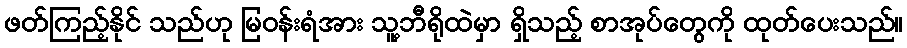
ဖတ်ကြည့်နိုင် သည်ဟု မြဝန်းရံအား သူ့ဘီရိုထဲမှာ ရှိသည့် စာအုပ်တွေကို ထုတ်ပေးသည်။